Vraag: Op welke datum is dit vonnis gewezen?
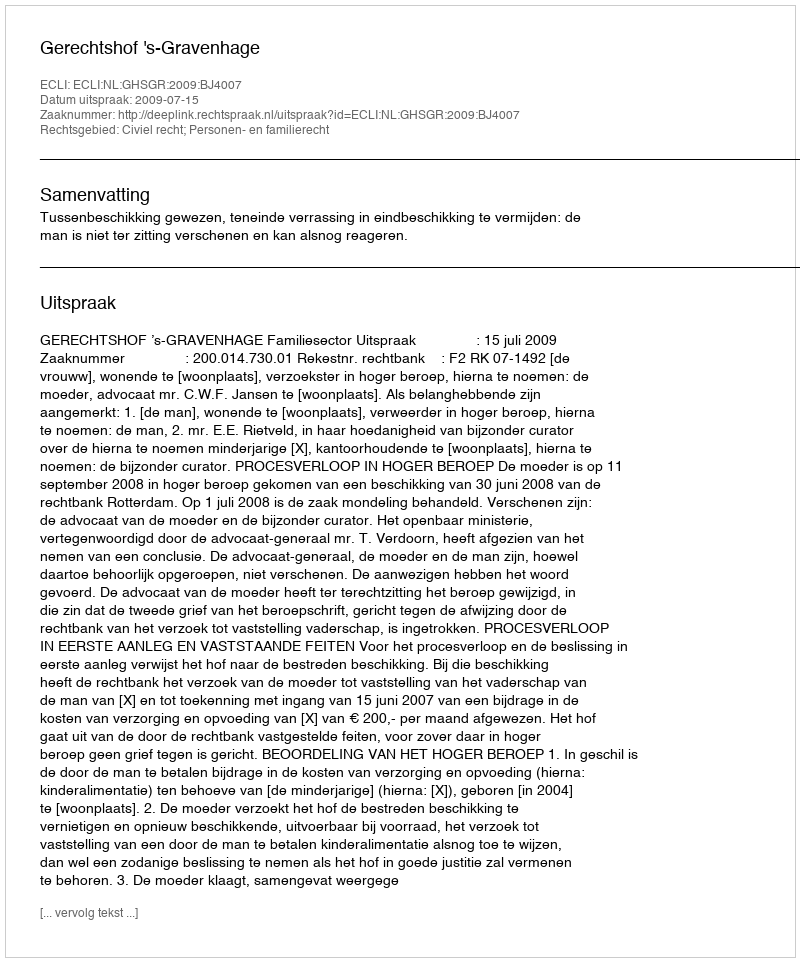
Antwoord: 2009-07-15